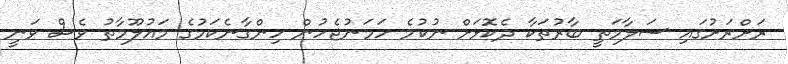
ރަށްރަށުގައި ސަލާމަތީ ބާރުތަކާ ދެކޮޅަށް ނުކުމެ ހަމަނުޖެހުން ހިންގާނެކަމުގެ މައުލޫމާތު ވެސް ވަނީ